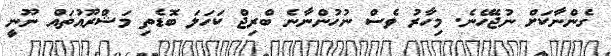
ގެންނާކަށް ނުޖެހޭނެ. މިހާރު ވެސް ނުހުންނާނެ ބްރިޖް ކަހަލަ ބޮޑެތި މަޝްރޫއުތައް ނޫނީ